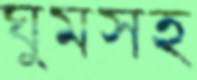
ঘুমসহ